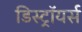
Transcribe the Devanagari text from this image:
डिस्ट्रॉयर्स